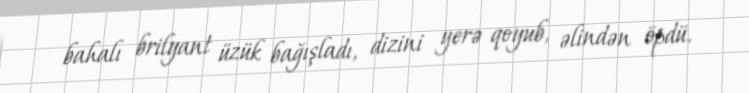
bahalı brilyant üzük bağışladı, dizini yerə qoyub, əlindən öpdü.